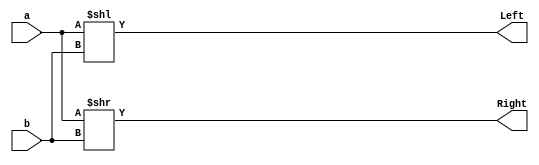
module Shifter (a, b, Left, Right); // need to make the 4 to 1 mux to an 8:1 mux
	//inputs and outputs
	input [63:0]a;
	input [5:0]b; // shift amount
	output [63:0]Left, Right;
	
	// Logic
	assign Left = a << b;
	assign Right = a >> b;

endmodule